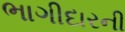
ભાગીદારની